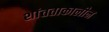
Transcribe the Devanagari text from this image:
शांतताकालीन